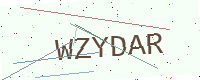
Text: WZYDAR